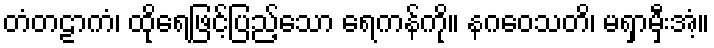
တံတဠာကံ၊ ထိုရေဖြင့်ပြည့်သော ရေကန်ကို။ နဂဝေသတိ၊ မရှာမှီးအံ့။